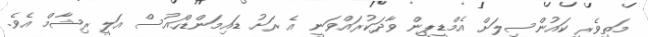
މަތިވެރީ ކައުންސިލަށް އެމްޑީޕީން ވާދަކުރައްވަނީ އެ ރަށު ޑައިމަންޑްހައުސް އަލީ ރިޝާމް އެވެ.